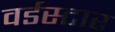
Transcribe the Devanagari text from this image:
वर्डस्‍टार